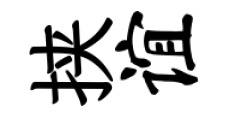
挟谊